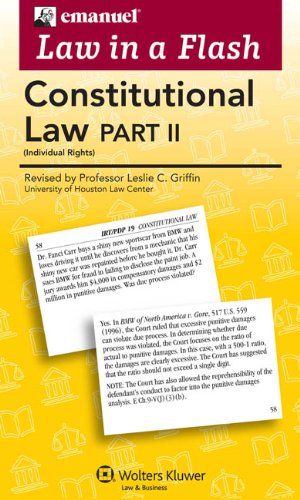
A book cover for Law in a Flash Cards: Constitutional Law II; Steven L. Emanuel; Law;